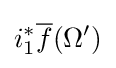
i_{1}^{*}{\overline {f}}(\Omega ')